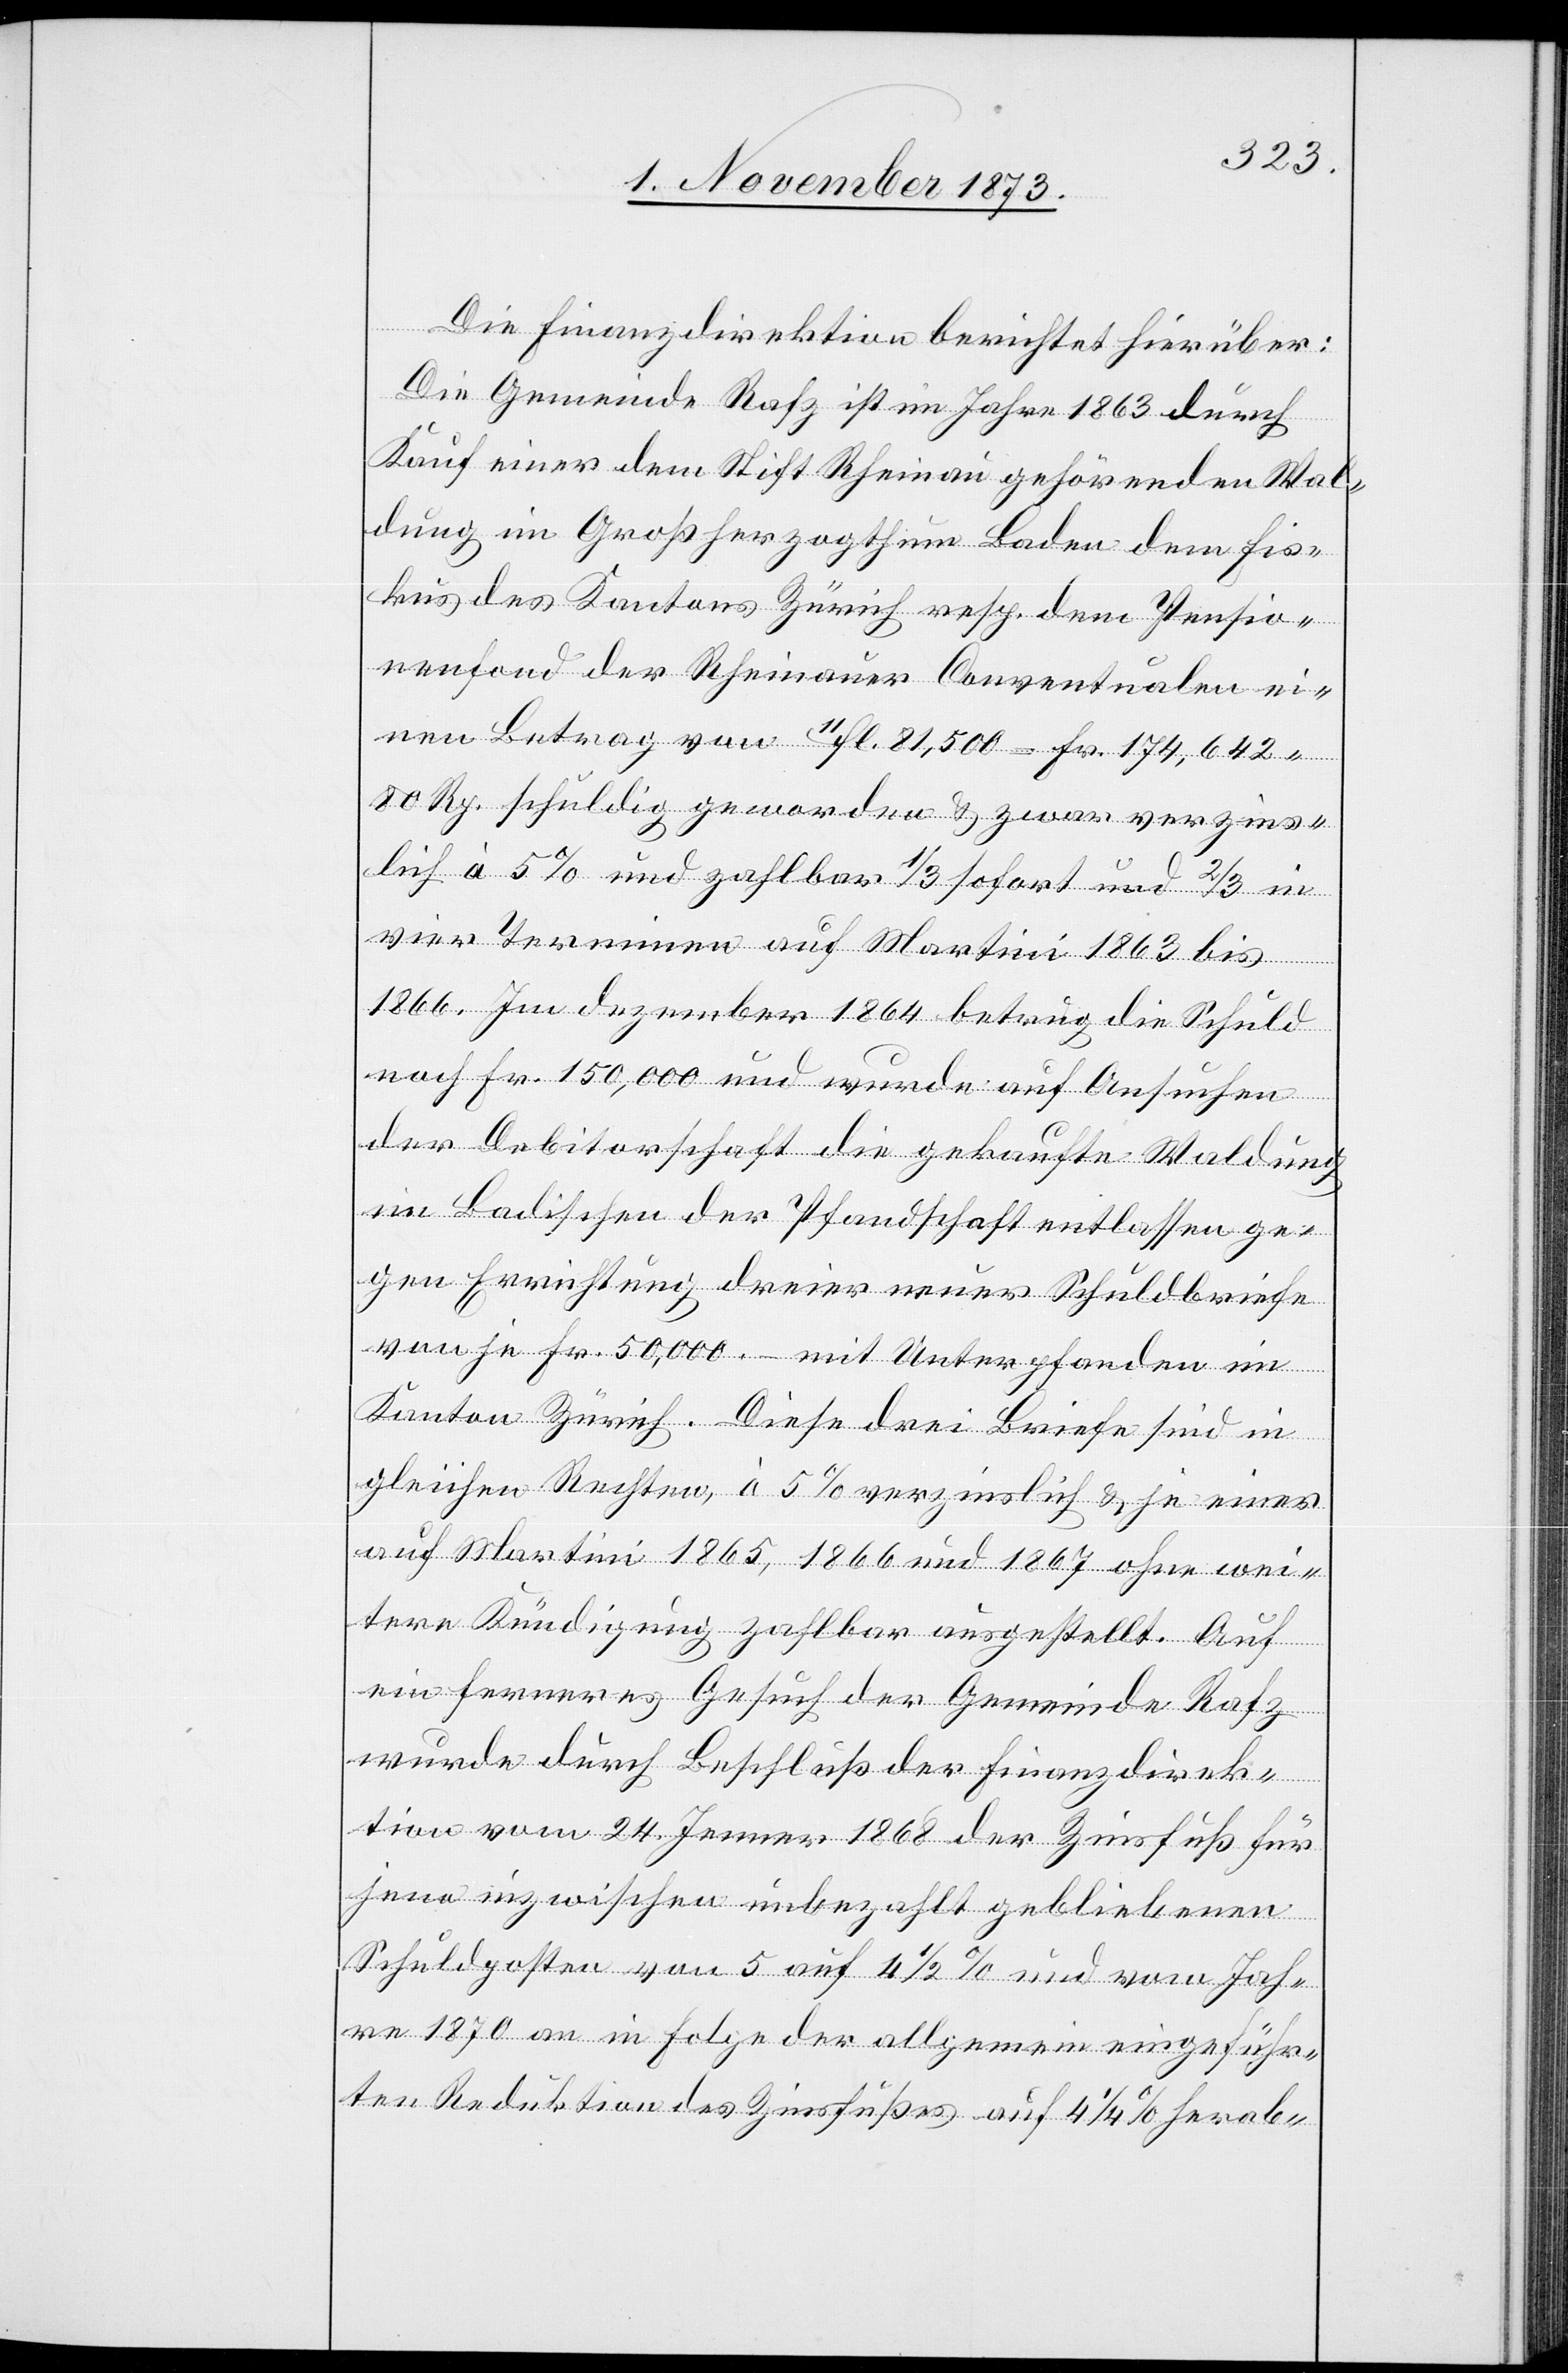
Die Finanzdirektion berichtet hierüber:
Die Gemeinde Rafz ist im Jahre 1863 durch
Kauf einer dem Stift Rheinau gehörenden Wal¬
dung im Großherzogthum Baden dem Fis¬
kus des Kantons Zürich resp. dem Pensio¬
nenfond der Rheinauer Conventualen ei¬
nen Betrag von 10fl. 81,500 = Fr. 174,642
80 Rp. schuldig geworden & zwar verzins¬
lich à 5% und zahlbar 1/3 sofort und 2/3 in
vier Terminen auf Martini 1863 bis
1866. Im dezember 1864 betrug die Schuld
noch Fr. 150,000 und wurde auf Ansuchen
der Debitorschaft die gekaufte Waldung
im Badischen der Pfandschaft entlassen ge¬
gen Errichtung dreier neuer Schuldbriefe
von je Fr. 50,000 – mit Unterpfanden im
Kanton Zürich. Diese drei Briefe sind in
gleichen Rechten, à 5% verzinslich & je einer
auf Martini 1865, 1866 und 1867 ohne wei¬
tere Kündigung zahlbar ausgestellt. Auf
ein ferneres Gesuch der Gemeinde Rafz
wurde durch Beschluß der Finanzdirek¬
tion vom 24. Jenner 1868 der Zinsfuß für
jene inzwischen unbezahlt gebliebenen
Schuldposten von 5 auf 4 1/2% und vom Jah¬
re 1870 an in Folge der allgemein eingeführ¬
ten Reduktion des Zinsfußes auf 4 1/4% herab-